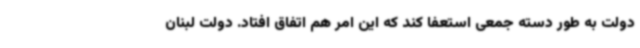
دولت به طور دسته جمعی استعفا کند که این امر هم اتفاق افتاد. دولت لبنان